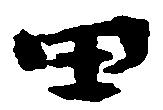
田